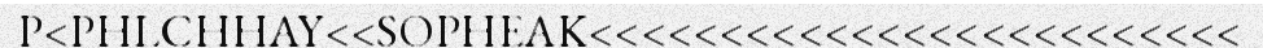
P<PHLCHHAY<<SOPHEAK<<<<<<<<<<<<<<<<<<<<<<<<<